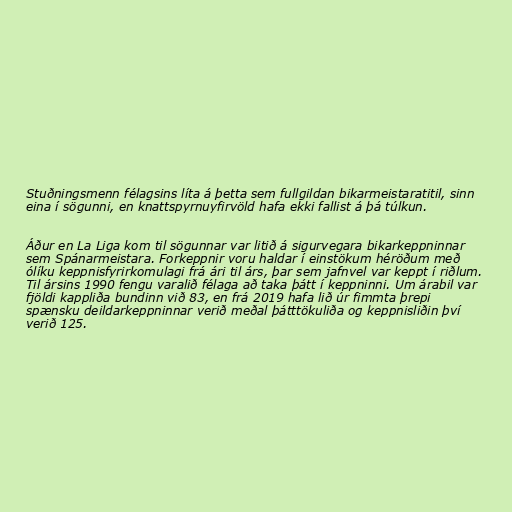
Stuðningsmenn félagsins líta á þetta sem fullgildan bikarmeistaratitil, sinn
eina í sögunni, en knattspyrnuyfirvöld hafa ekki fallist á þá túlkun.

Áður en La Liga kom til sögunnar var litið á sigurvegara bikarkeppninnar
sem Spánarmeistara. Forkeppnir voru haldar í einstökum héröðum með
ólíku keppnisfyrirkomulagi frá ári til árs, þar sem jafnvel var keppt í riðlum.
Til ársins 1990 fengu varalið félaga að taka þátt í keppninni. Um árabil var
fjöldi kappliða bundinn við 83, en frá 2019 hafa lið úr fimmta þrepi
spænsku deildarkeppninnar verið meðal þátttökuliða og keppnisliðin því
verið 125.